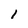
Character: 1